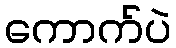
ကောက်ပဲ